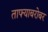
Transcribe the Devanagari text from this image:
ताफ्याबरोबर